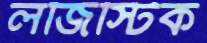
লজিস্টিক